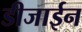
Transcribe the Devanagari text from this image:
डीजाईन